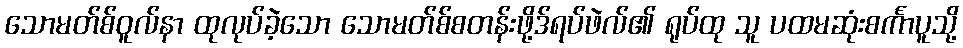
သောမတ်စ်ဝူလ်နာ ထုလုပ်ခဲ့သော သောမတ်စ်စတန်းဖို့ဒ်ရပ်ဖဲလ်၏ ရုပ်ထု သူ ပထမဆုံးစင်္ကာပူသို့